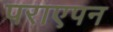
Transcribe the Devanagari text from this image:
पराएपन